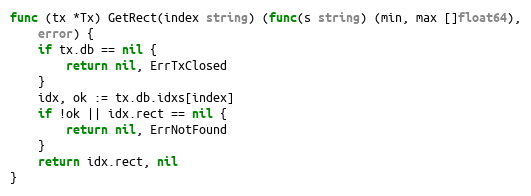
Language: Go
func (tx *Tx) GetRect(index string) (func(s string) (min, max []float64),
	error) {
	if tx.db == nil {
		return nil, ErrTxClosed
	}
	idx, ok := tx.db.idxs[index]
	if !ok || idx.rect == nil {
		return nil, ErrNotFound
	}
	return idx.rect, nil
}